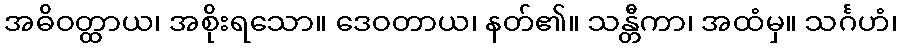
အဓိဝတ္ထာယ၊ အစိုးရသော။ ဒေဝတာယ၊ နတ်၏။ သန္တီကာ၊ အထံမှ။ သင်္ဂဟံ၊